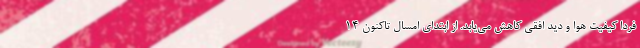
فردا کیفیت هوا و دید افقی کاهش می‌یابد. از ابتدای امسال تاکنون ۱۴